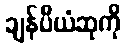
ချန်ပီယံဆုကို